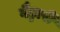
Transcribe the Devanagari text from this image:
वैट्टारी